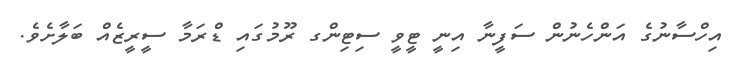
އިހްސާނުގެ އަންހެނުން ސަފީނާ އިނީ ޓީވީ ސިޓިންގ ރޫމުގައި ޑްރަމާ ސީރީޒެއް ބަލާށެވެ.